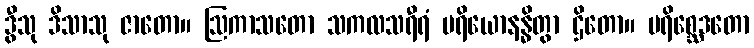
ဒွီသု ဒိသာသု ဇာတော။ ဩကာသတော သကလသရီရံ ပရိယောနန္ဓိတွာ ဌိတော။ ပရိစ္ဆေဒတော